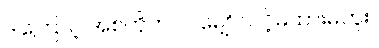
ဒါကြောင့် အစ်ကိုကလဲ မျှော်လင့်မထားမိဘူး။